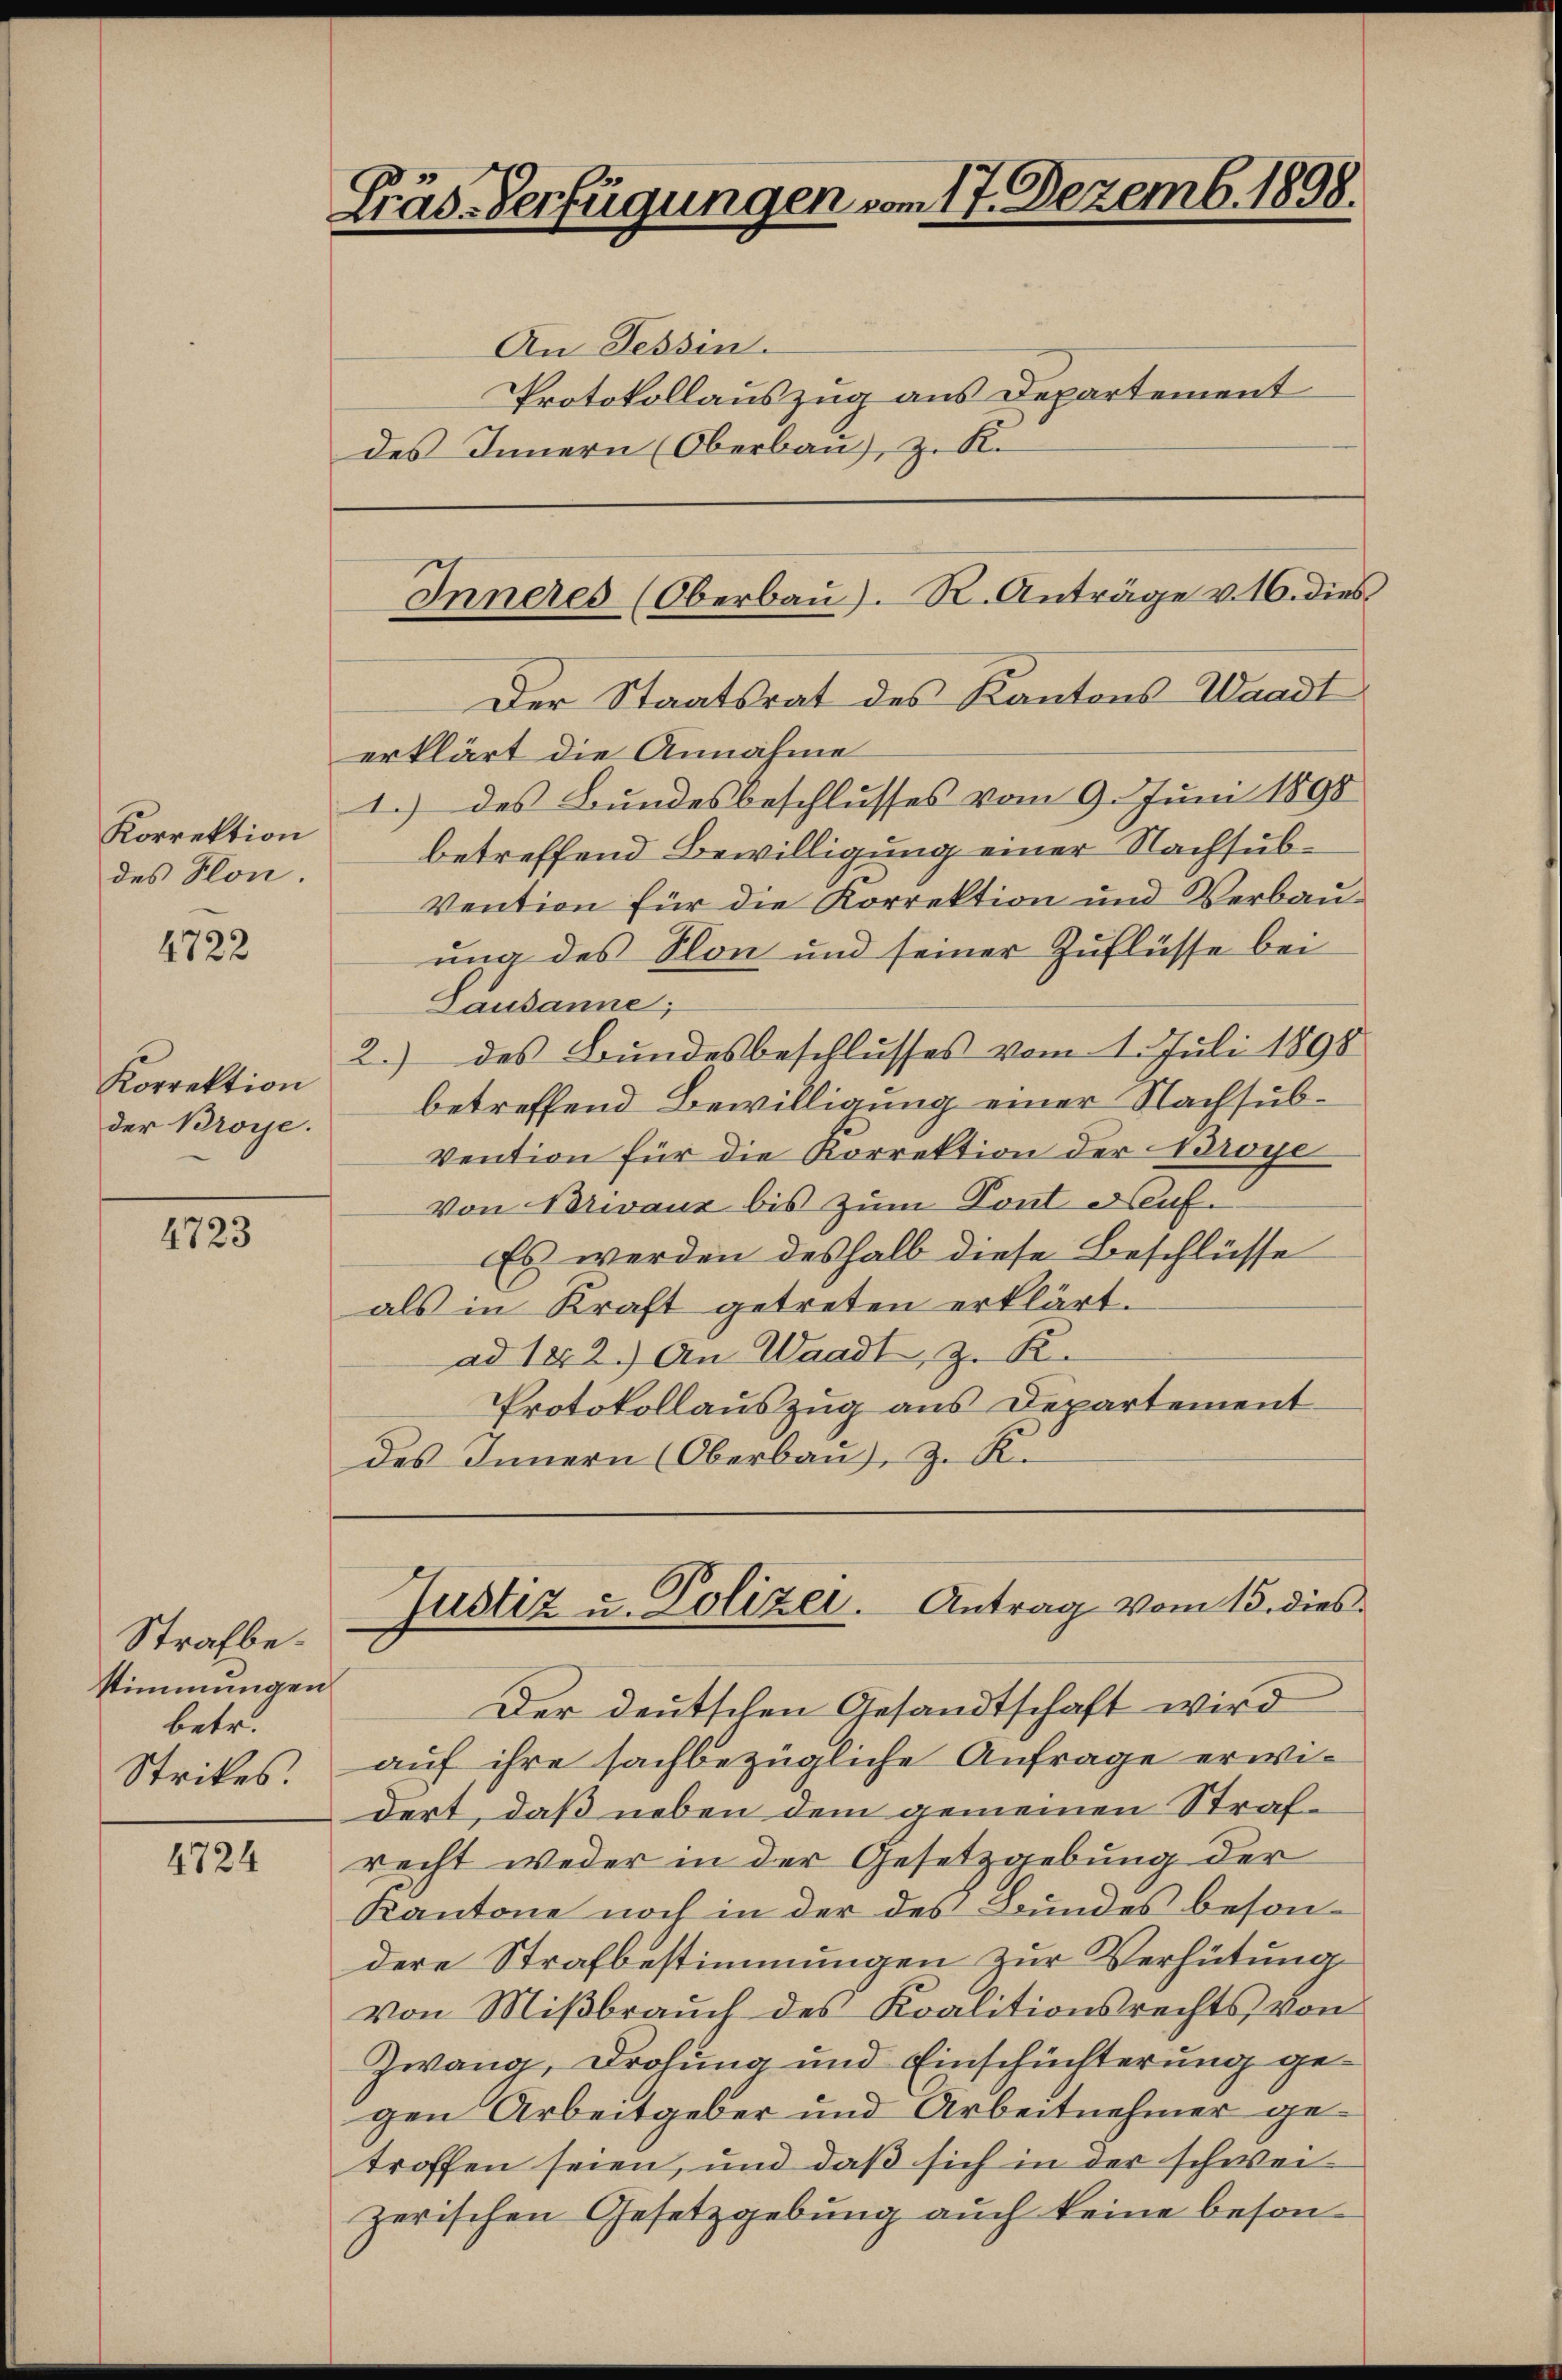
Korrektion
des Flon.

4722

Korrektion
der Broye.

4723

Strafbestimmungen
betr.
Strikes.

4724

G
Gräs-Verfügungen vom 17. Dezemb. 1898.

An Tessin.
Protokollauszug aus Departement
des Innern (Oberbau, z. R.

Der Staatsrat des Kantons Waadt
erklärt die Annahme
1.) des Bundesbeschlusses vom 9. Juni 1890
betreffend Bewilligung einer Nachsub¬
Vention für die Korrektion und Verbauung des Non und seiner Zuflüsse bei
Lausanne;
2.) des Bundesbeschlusses vom 1. Juli 1898
betreffend Bewilligung einer Nachsub¬
Vention für die Korrektion der Broye
Von Brevaux bis zum Sont auf¬
Es werden deshalb diese Beschlüsse
als in Kraft getreten erklärt.
ad 1812.) An Waadt, z. R.
Protokollauszug aus Departement
des Innern (Oberbau, z. R.

Inneres (Oberbau). R. Anträge v. 16. dies

Der deutschen Gesandtschaft wird
auf ihre sachbezügliche Anfrage erwidert, daß neben dem gemeinen Strafrecht weder in der Gesetzgebung der
Kantone noch in der des Bundes besondere Strafbestimmungen zur Verhütung
von Mißbrauch des Koalitionsrechts von
Zwang, Drohung und Einschüchterung gegen Arbeitgeber und Arbeitnehmer getroffen seien, und daß sich in der schwei-
zerischen Gesetzgebung auch keine beson¬

Justiz u. Polizei. Antrag vom 15. dies